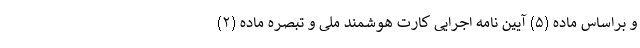
و براساس ماده (۵) آیین نامه اجرایی کارت هوشمند ملی و تبصره ماده (۲)